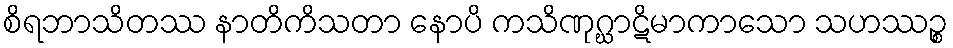
စိရဘာသိတဿ နာတိကိသတာ နောပိ ကသိဏုဂ္ဃာဋိမာကာသော သဟဿဉ္စ